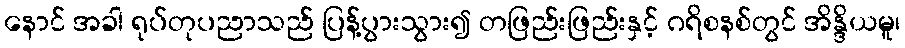
နောင် အခါ ရုပ်တုပညာသည် ပြန့်ပွားသွား၍ တဖြည်းဖြည်းနှင့် ဂရိစနစ်တွင် အိန္ဒိယမူ၊